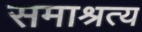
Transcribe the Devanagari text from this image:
समाश्रत्य